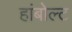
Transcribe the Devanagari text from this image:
हांबोल्ट